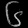
Digit: ၆